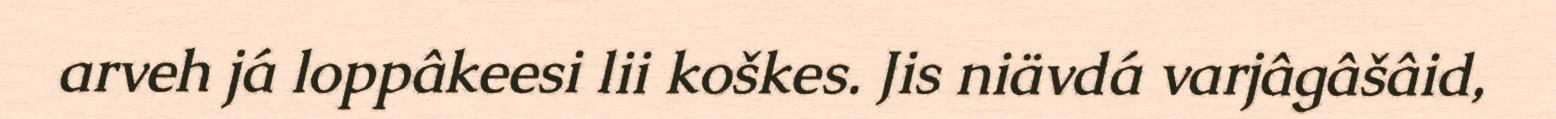
arveh já loppâkeesi lii koškes. Jis niävdá varjâgâšâid,